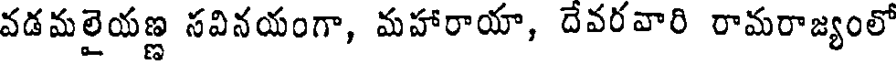
వడమలైయణ్ణ సవినయంగా, మహారాయా, దేవరవారి రామరాజ్యంలో